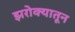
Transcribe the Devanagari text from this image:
झरोक्यातून